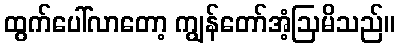
ထွက်ပေါ်လာတော့ ကျွန်တော်အံ့ဩမိသည်။